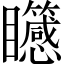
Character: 𥍒